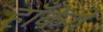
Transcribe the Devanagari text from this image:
हाँकेंगे